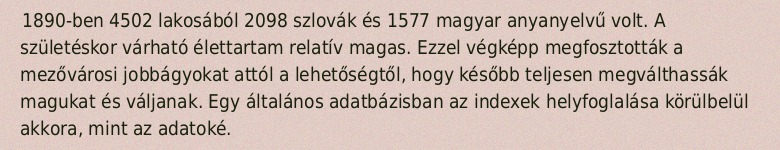
1890-ben 4502 lakosából 2098 szlovák és 1577 magyar anyanyelvű volt. A születéskor várható élettartam relatív magas. Ezzel végképp megfosztották a mezővárosi jobbágyokat attól a lehetőségtől, hogy később teljesen megválthassák magukat és váljanak. Egy általános adatbázisban az indexek helyfoglalása körülbelül akkora, mint az adatoké.